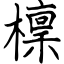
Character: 檁